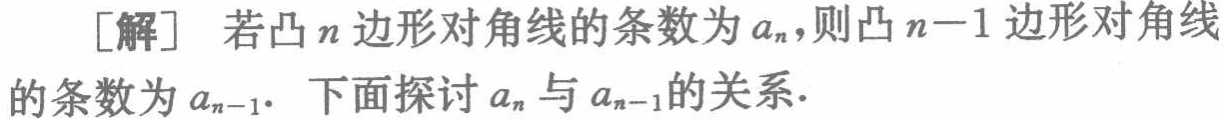
[解] 若凸\(n\)边形对角线的条数为\(a_{n}\)，则凸\(n - 1\)边形对角线的条数为\(a_{n - 1}\)。下面探讨\(a_{n}\)与\(a_{n - 1}\)的关系.